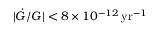
| \dot { G } / G | < 8 \times 1 0 ^ { - 1 2 } \, \mathrm { y r } ^ { - 1 }